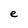
Character: e